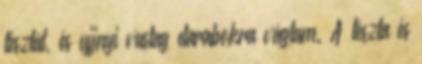
tésztát, és ujjnyi vastag darabokra vágtam. A tészta és